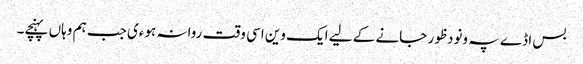
بس اڈے پہ ونودظور جانے کے لیے ایک وین اسی وقت روانہ ہوءی جب ہم وہاں پہنچے۔